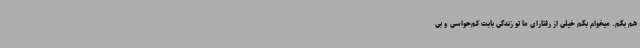
هم بگم. میخوام بگم خیلی از رفتارای ما تو زندگی بابت کم‌حواسی و بی